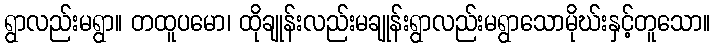
ရွာလည်းမရွာ။ တထူပမော၊ ထိုချုန်းလည်းမချုန်းရွာလည်းမရွာသောမိုဃ်းနှင့်တူသော။